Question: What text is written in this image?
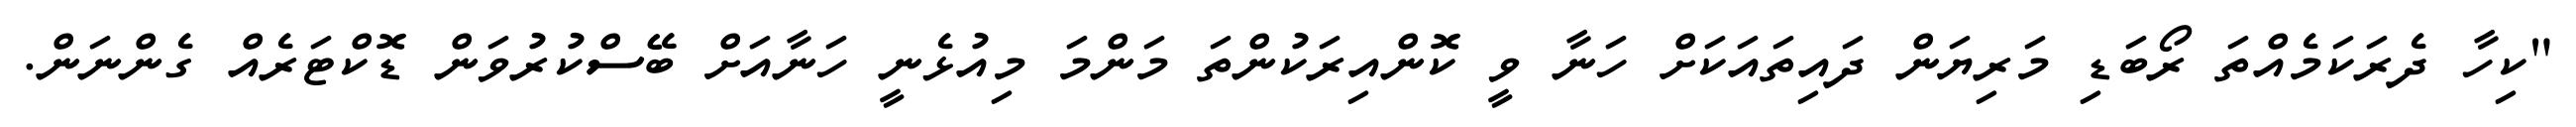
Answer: "ކިހާ ދެރަކަމެއްތަ ރޯބަޑި މަރިޔަން ދައިތައަކަށް ހަނާ ވީ ކޮންއިރަކުންތަ މަންމަ މިއުޅެނީ ހަނާއަށް ބޭސްކުރުވަން ޑޮކްޓަރެއް ގެންނަން.